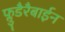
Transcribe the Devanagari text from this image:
फ्लुडैरैबाईन